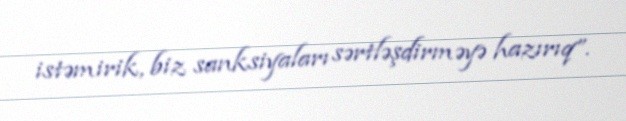
istəmirik, biz sanksiyaları sərtləşdirməyə hazırıq”.